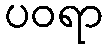
ပဝရာ